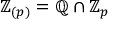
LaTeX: \mathbb { Z } _ { ( p ) } = \mathbb { Q } \cap \mathbb { Z } _ { p }